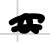
Text: a
Cross-out: double-line
Writing tool: digital_black